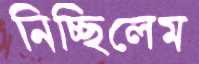
নিচ্ছিলেম